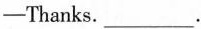
— Thanks.___.